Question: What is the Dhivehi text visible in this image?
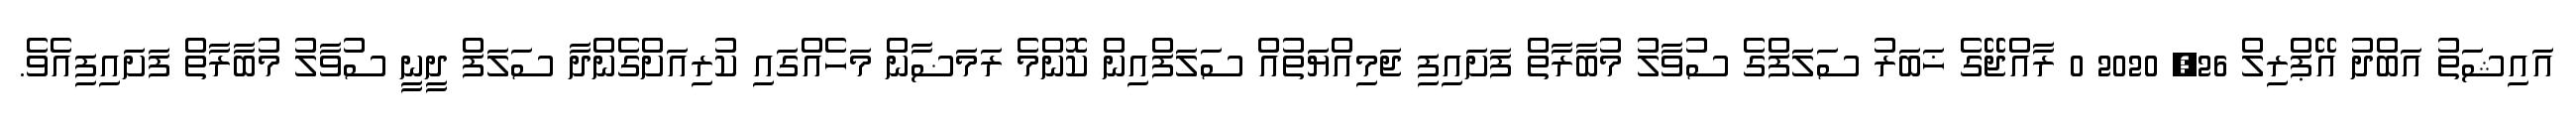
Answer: އައިޝަތު އަބްދު އޭޕްރިލް 26, 2020 0 ރާއްޖޭގެ ޚަބަރު ސަލަފްގެ ސުވާލު މުބާރާތް ފަށައިފި ޖަމިއްޔަތުއް ސަލަފްއިން ކޮންމެ ރަމަޟާން މަހެއްގައި ކުރިއަށްގެންދާ ސަލަފް ދީނީ ސުވާލު މުބާރާތް ފަށައިފިއެވެ.